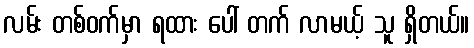
လမ်း တစ်ဝက်မှာ ရထား ပေါ် တက် လာမယ့် သူ ရှိတယ်။